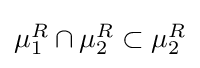
{\textstyle \mu _{1}^{R}\cap \mu _{2}^{R}\subset \mu _{2}^{R}}